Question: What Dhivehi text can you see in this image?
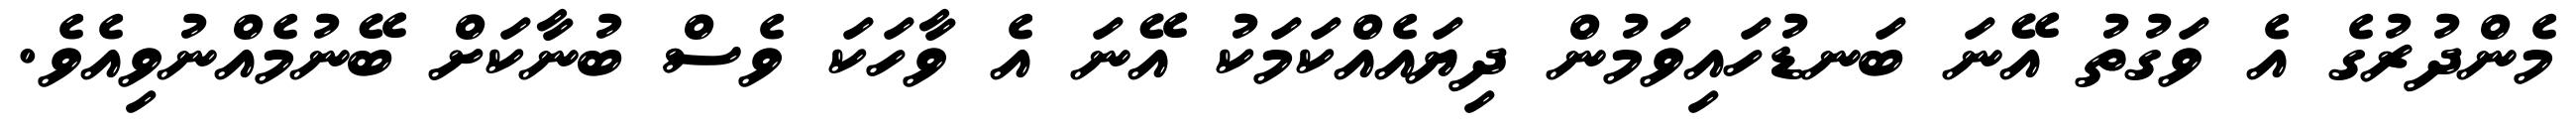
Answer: މެންދުރުގެ އެ ވަގުތު އޭނަ ބަނޑުހައިވަމުން ދިޔައެއްކަމަކު އޭނަ އެ ވާހަކަ ވެސް ބުނާކަށް ބޭނުމެއްނުވިއެވެ.